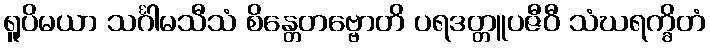
ရူပိမယာ သင်္ဂါမသီသံ စိန္တေတဗ္ဗောတိ ပရဒတ္တူပဇီဝီ သံဃရက္ခိတံ